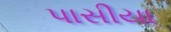
પાસીયા